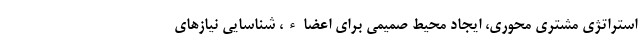
استراتژی مشتری محوری، ایجاد محیط صمیمی برای اعضاء، شناسایی نیازهای